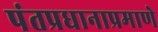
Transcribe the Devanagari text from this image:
पंतप्रधानाप्रमाणे